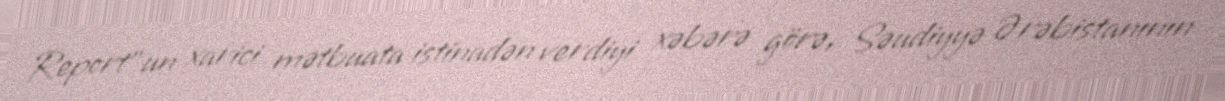
Report"un xarici mətbuata istinadən verdiyi xəbərə görə, Səudiyyə Ərəbistanının